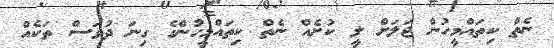
ނެތް ކިތައްމީހުން ޖަލަށް ލީ ކުށެއް ނެތް ކިތައްމީހުންގެ ގިނަ ދުވަސް ތަކެއް